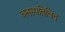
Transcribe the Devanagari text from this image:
वनस्पतिविद